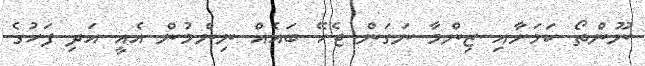
ނޫންތޯ ކަމަށާއި ޒިންމާ ނަގަން ޖެހޭ ބައެއް ނިންމުން އެއީ އަދި ފަހުގެ